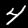
Digit: 4